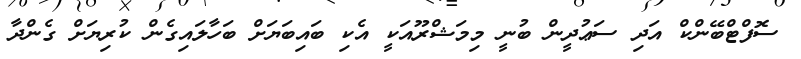
ސޮފްޓްބޭންކް އަދި ސަޢުދީން ބުނީ މިމަޝްރޫއަކީ އެކި ބައިބަޔަށް ބަހާލައިގެން ކުރިޔަށް ގެންދާ